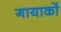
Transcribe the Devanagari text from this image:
गायाकों